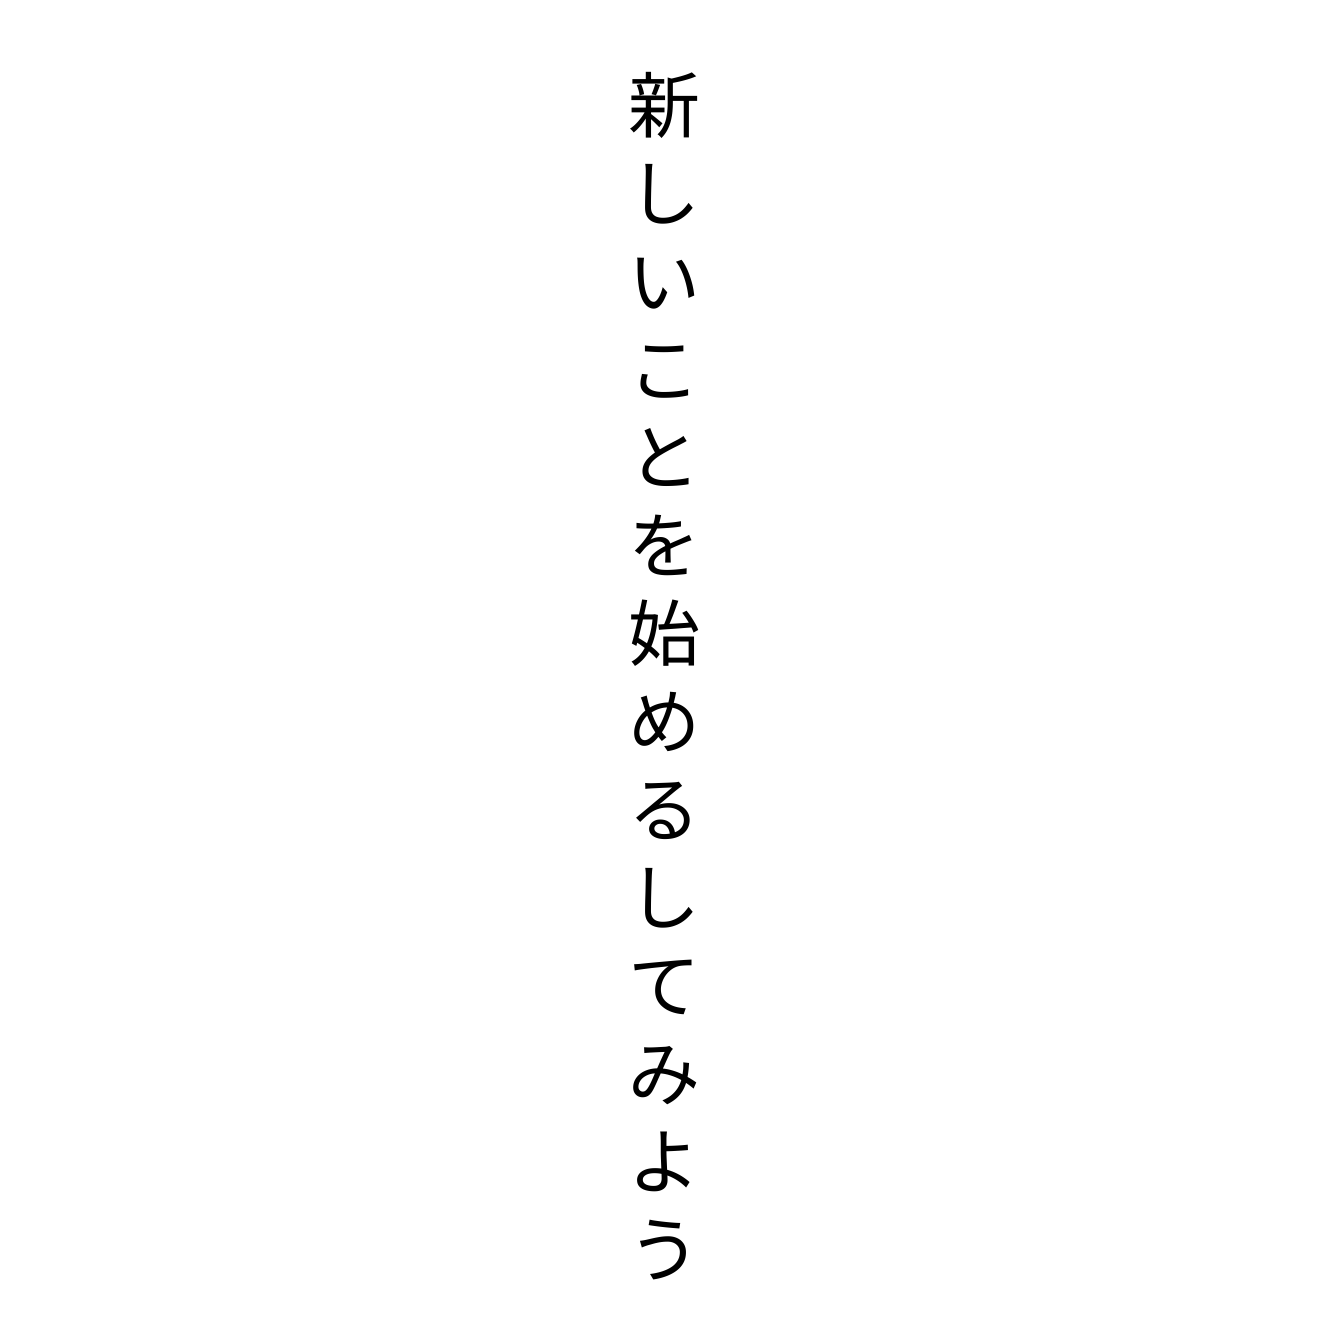
新しいことを始めるしてみよう